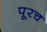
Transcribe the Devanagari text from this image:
पूरच